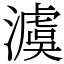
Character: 澞